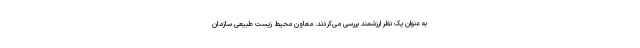
به عنوان یک نظر ارزشمند بررسی می‌کردند. معاون محیط‌ زیست طبیعی سازمان